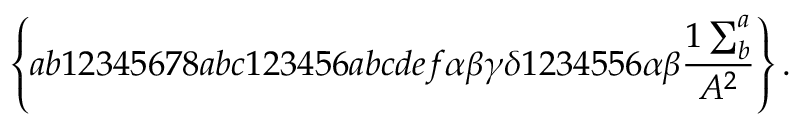
\left\{ a b 1 2 3 4 5 6 7 8 a b c 1 2 3 4 5 6 a b c d e f \alpha \beta \gamma \delta 1 2 3 4 5 5 6 \alpha \beta \frac { 1 \sum _ { b } ^ { a } } { A ^ { 2 } } \right\} .